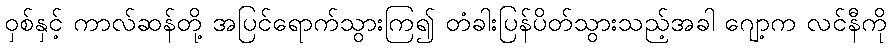
ဝှစ်နှင့် ကာလ်ဆန်တို့ အပြင်ရောက်သွားကြ၍ တံခါးပြန်ပိတ်သွားသည့်အခါ ဂျော့က လင်နီကို